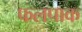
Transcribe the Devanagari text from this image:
फलपाक